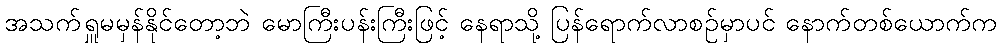
အသက်ရှူမမှန်နိုင်တော့ဘဲ မောကြီးပန်းကြီးဖြင့် နေရာသို့ ပြန်ရောက်လာစဉ်မှာပင် နောက်တစ်ယောက်က